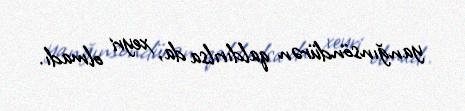
yanğınsöndürən qaldırılsa da, xeyri olmadı.